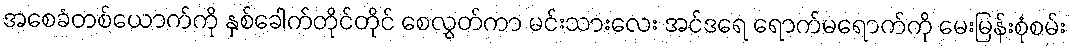
အစေခံတစ်ယောက်ကို နှစ်ခေါက်တိုင်တိုင် စေလွှတ်ကာ မင်းသားလေး အင်ဒရေ ရောက်မရောက်ကို မေးမြန်းစုံစမ်း